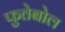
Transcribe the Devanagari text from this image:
फुतेबोल